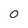
Character: O